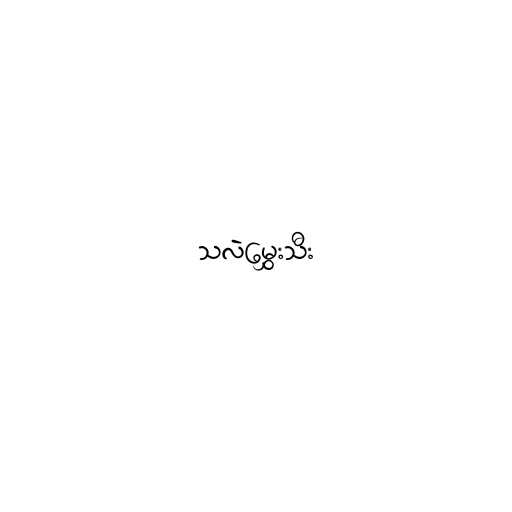
သလဲမွှေးသီး